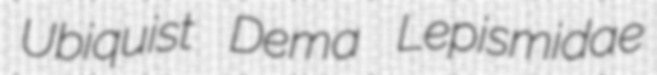
Ubiquist Dema Lepismidae